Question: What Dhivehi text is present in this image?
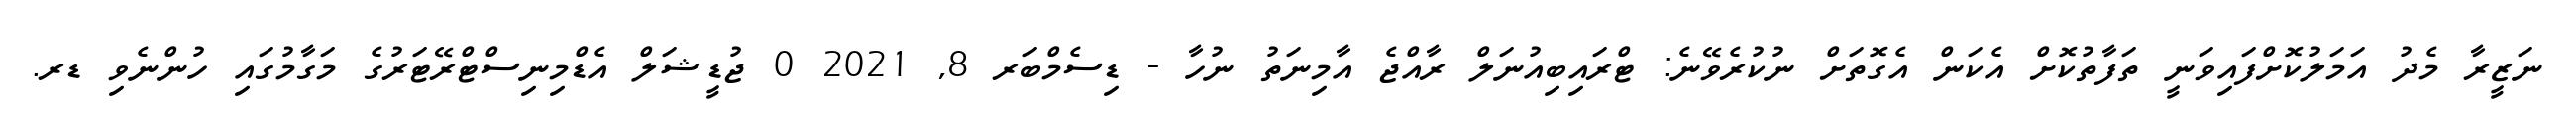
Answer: ނަޒީރާ މެދު އަމަލުކޮށްފައިވަނީ ތަފާތުކޮށް އެކަން އެގޮތަށް ނުކުރެވޭނެ: ޓްރައިބިއުނަލް ރާއްޖެ އާމިނަތު ނުހާ - ޑިސެމްބަރ 8, 2021 0 ޖުޑީޝަލް އެޑްމިނިސްޓްރޭޓަރުގެ މަގާމުގައި ހުންނެވި ޑރ.